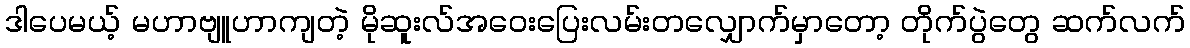
ဒါပေမယ့် မဟာဗျူဟာကျတဲ့ မိုဆူးလ်အဝေးပြေးလမ်းတလျှောက်မှာတော့ တိုက်ပွဲတွေ ဆက်လက်